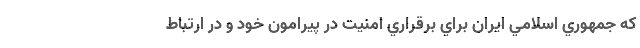
كه جمهوري اسلامي ايران براي برقراري امنيت در پيرامون خود و در ارتباط